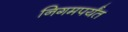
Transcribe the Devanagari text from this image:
निगमपर्यंत